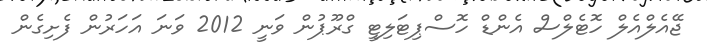
ޖޭއެލްއެލް ހޮޓެލްސް އެންޑް ހޮސްޕިޓަލިޓީ ގްރޫޕުން ވަނީ 2012 ވަނަ އަހަރުން ފެށިގެން